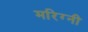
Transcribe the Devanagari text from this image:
मरिग्नी